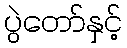
ပွဲတော်နှင့်